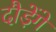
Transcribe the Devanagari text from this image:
दौड़ेंगे